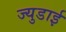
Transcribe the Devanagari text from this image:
ज्युडाई